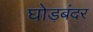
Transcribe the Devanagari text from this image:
घोड़बंदर